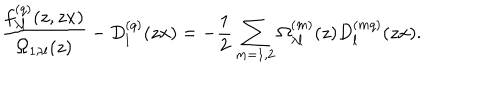
\frac { f _ { \lambda l } ^ { ( q ) } ( z , z x ) } { \Omega _ { 1 \lambda l } ( z ) } - D _ { l } ^ { ( q ) } ( z x ) = - \frac { 1 } { 2 } \sum _ { m = 1 , 2 } \Omega _ { \lambda l } ^ { ( m ) } ( z ) D _ { l } ^ { ( m q ) } ( z x ) .